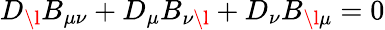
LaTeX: D_{\l}B_{\mu\nu}+D_{\mu}B_{\nu\l}+D_{\nu}B_{\l\mu}=0